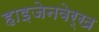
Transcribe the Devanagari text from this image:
हाइजेनवेर्ख